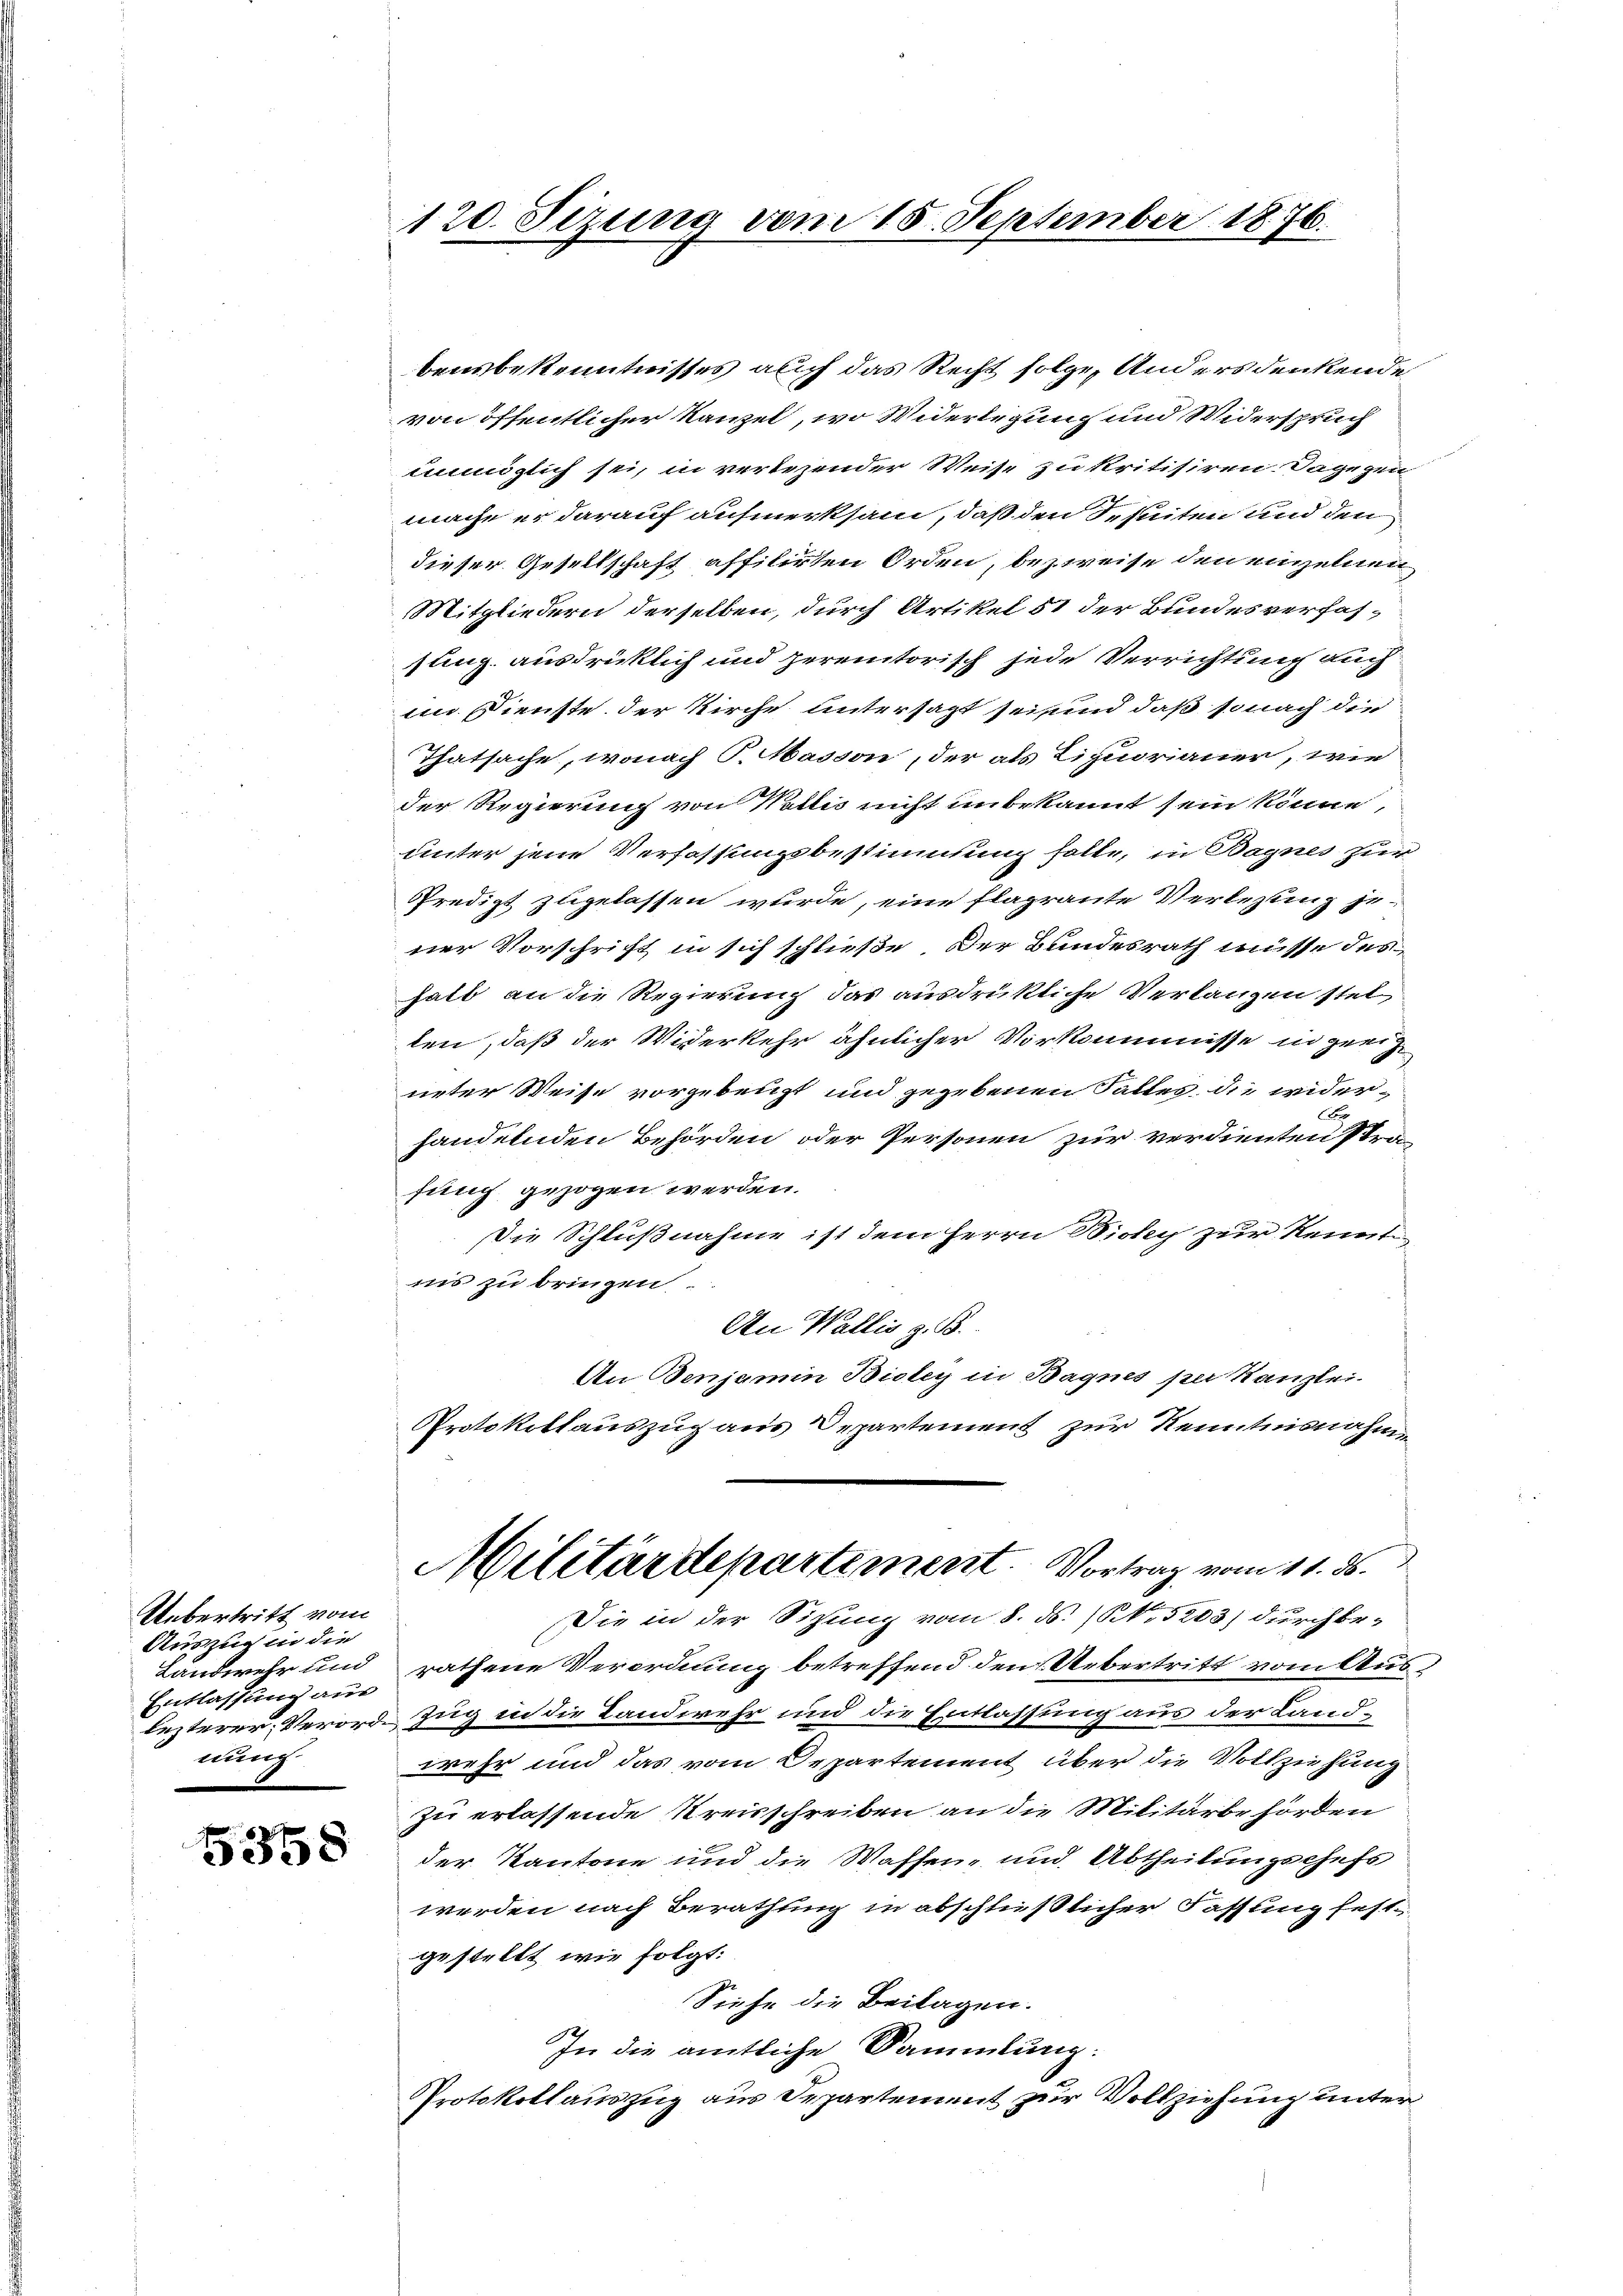
Uebertritt vom
Auszug in die
Entlassung aus
nung

5358

bensbekenntnisses auch das Recht folge, Anders denkende
von öffentlicher Kanzel, wo Widerlegung und Widerspruch
unmöglich sei, in vertezender Weise zu kritisiren. Dagegen
mache er darauf aufmerksam, daß den Sesuiten und den
dieser Gesellschaft affilirten Orden, bezweise den einzelnen
Mitgliedern derselben, durch Artikel 51 der Bundesverfassung ausdrücklich und peremtorisch jede Verrichtung auch
In Dienste der Kirche untersagt sei und daß so nach die
Thatsache, wonach P. Masson, der als Liquorianer, wie
der Regierung von Wallis nicht unbekannt sein könne,
unter jene Verfassungsbestimmung solle, in Bagnes zur
Predigt zugelassen wurde, eine flagrante Verlesung je
ner Vorschrift in sich schließe, der Bundesrath müsse des
halt an die Regierung das ausdrükliche Verlangen stel
len, daß der Widerkehr ähnlicher Vorkommnisse in geeig
ueter Weise vorgebenst und gegebenen Saltes, die wider
A
handelnden Behörden oder Personen zur verdienten stra-
fung gezogen werden.
Die Schlußnahme ist dem Herrn Bicky zur Kennt
ins zu bringen.
An Wallis z. B.
An Benjamin Bioley in Bagnes per Kanzlei-
Protokollauszug aus Departement zur Kenntnisnahm
Militärdepartement. Vortrag vom 11. ds.
Die in der Sitzung vom 8. ds. No 5203) durch be¬
Landwehr und rathene Verordnung betreffend den Uebertritt vom Auslezterer Verord-Zug in die Landwehr und die Entlassung aus der Landwehr und das vom Departement über die Vollziehung
zu erlassende Kreisschreiben an die Militärbehörden
der Kantone und die Waffen- und Abtheilungschefs
werden nach Berathung in abschließlicher Fassung festgestellt wie folgt:
Siehe die Beilagen.
In die amtliche Sammlung:
Protokollauszug aus Departement zur Vollziehung unter

120. Sizung vom 15. September 1876.